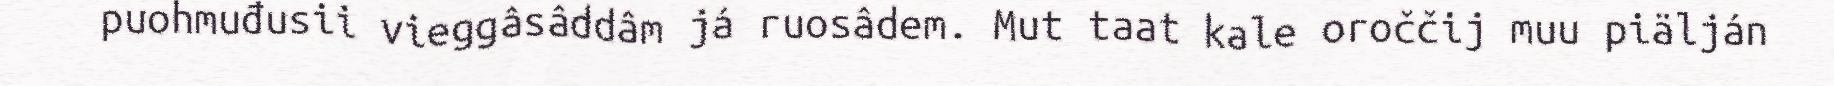
puohmuđusii vieggâsâddâm já ruosâdem. Mut taat kale oroččij muu piälján